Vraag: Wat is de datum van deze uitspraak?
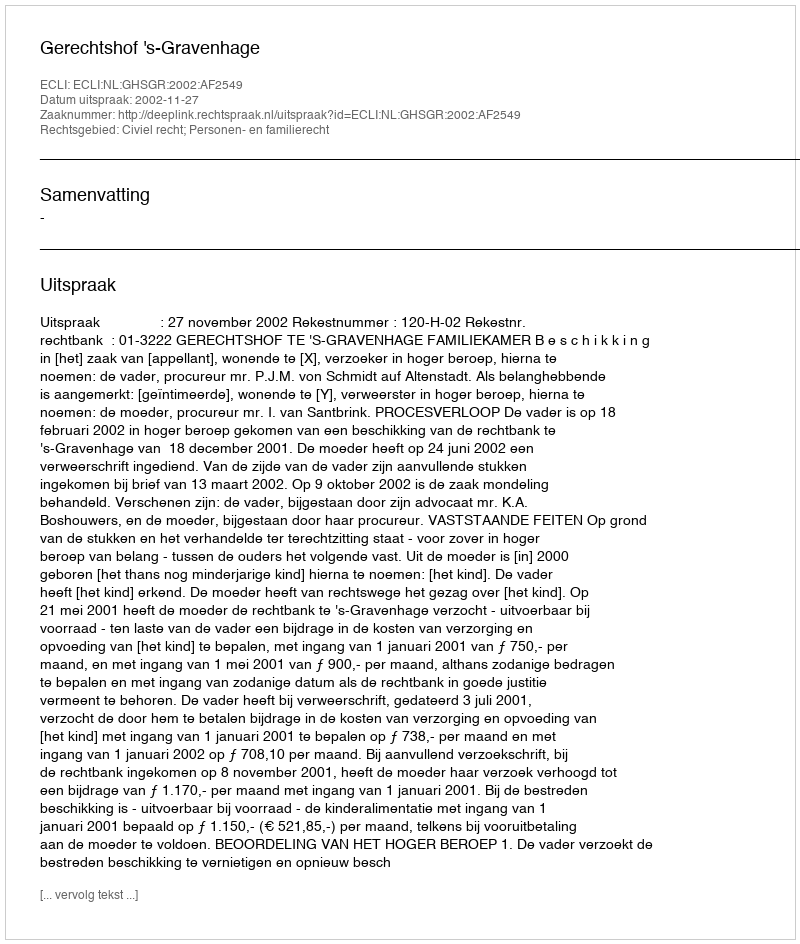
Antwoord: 2002-11-27